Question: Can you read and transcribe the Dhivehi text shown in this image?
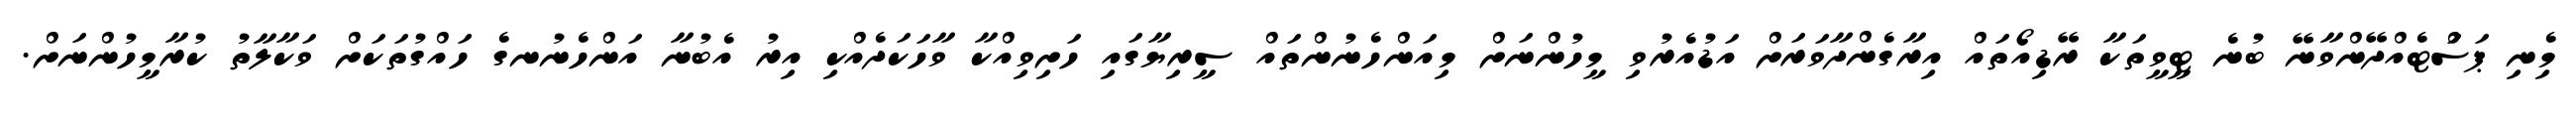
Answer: މިެނި ޕަސަްޓެއްދޭންވާނޭ ބުނެ ޓީވީތަކާ ރޭޑިއޯތައް އިރާގެންދާވަރަށް އަޑުއެރުވި މީހުންނަށް މިއަންހެނުންތައް ސީރިޔާގައި ހަށިވިއްކާ ވާހަކަދެއްކި އިރު އެބުނާ އަންހެނުނގެ ހައްގުތަކަށް ވަކާލާތު ކުރާމީހުންނަށް.